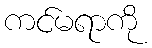
ကင်မရာကို